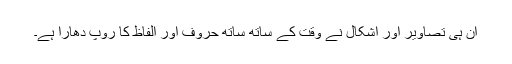
ان ہی تصاویر اور اشکال نے وقت کے ساتھ ساتھ حروف اور الفاظ کا روپ دھارا ہے۔